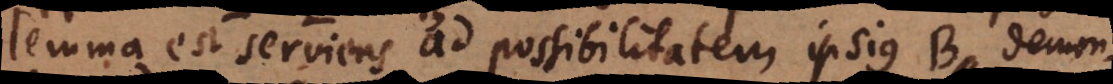
lemma est serviens ad possibilitatem ipsius B demonstr